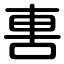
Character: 軎